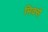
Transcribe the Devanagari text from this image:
मिक्से